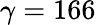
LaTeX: \gamma=166